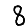
Digit: 8